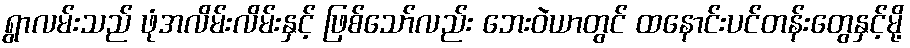
ရွာလမ်းသည် ဖုံအလိမ်းလိမ်းနှင့် ဖြစ်သော်လည်း ဘေးဝဲယာတွင် ထနောင်းပင်တန်းတွေနှင့်မို့